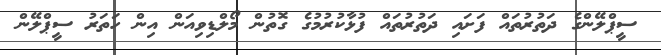
ސީޕްލޭންގެ ދަތުރުތައް ފަށައި ދަތުރުތައް ފުޅާކުރުމުގެ ގޮތުން މޯލްޑިވިއަން އިން ހަތަރު ސީޕްލޭން